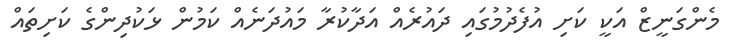
މެންގަނީޒް އަކީ ކަށި އުފެދުމުގައި ދައުރެއް އަދާކުރާ މައުދަނެއް ކަމުން ޅަކުދިންގެ ކަށިތައް